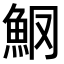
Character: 𫙑